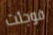
فوجئت